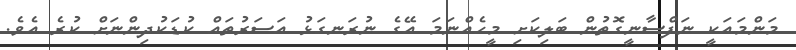
މަންމައަކީ ނަފްސާނީގޮތުން ބަލިކަށި މީހެއްނަމަ އޭގެ ނުރަނގަޅު އަސަރުތައް ކުޑަކުދިންނަށް ކުރެ އެވެ.